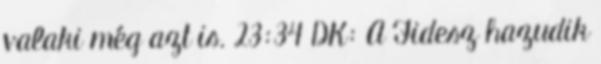
valaki még azt is. 23:34 DK: A Fidesz hazudik